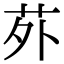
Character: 𫟌